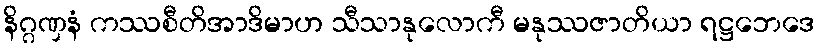
နိဂ္ဂဏှနံ ကဿစီတိအာဒိမာဟ သီသာနုလောကီ မနုဿဇာတိယာ ရဋ္ဌဘေဒေ